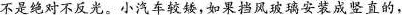
不是绝对不反光。小汽车较矮，如果挡风玻璃安装成竖直的，